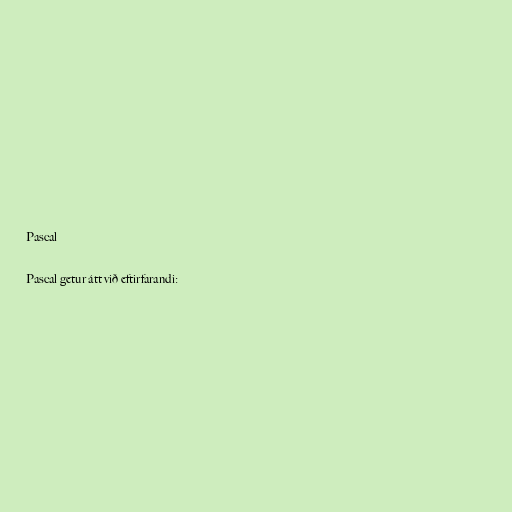
Pascal

Pascal getur átt við eftirfarandi: